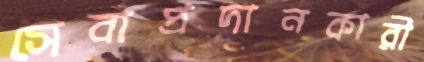
সেবাপ্রদানকারী